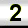
Digit: 2